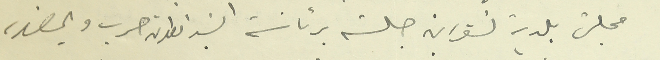
مجلسَ بلدية تنورين جلسة برئاسة السَيد انطون حرب وبحضور